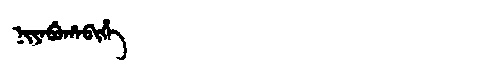
Manchu: ᠨᡳᠶᠠᠪᡠᡥᠠᠪᡳᡥᡝ
Romanization: NIYABUHABIHE